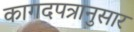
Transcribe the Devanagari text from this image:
कागदपत्रानुसार